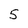
Character: 5